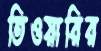
তিওয়ারির